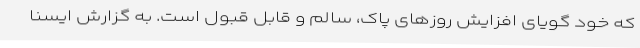
که خود گویای افزایش روزهای پاک، سالم و قابل قبول است. به گزارش ایسنا